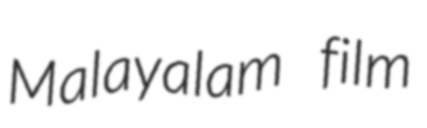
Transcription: Malayalam film